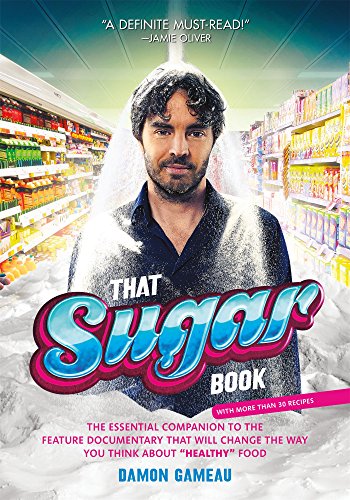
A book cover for That Sugar Book: The Essential Companion to the Feature Documentary That Will Change the Way You Think About "Healthy" Food; Damon Gameau; Science & Math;